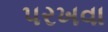
પરખવા